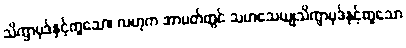
သိက္ခာပုဒ်နှင့်တူသော၊ လဟုက အာပတ်တွင် သဟသေယျသိက္ခာပုဒ်နှင့်တူသော